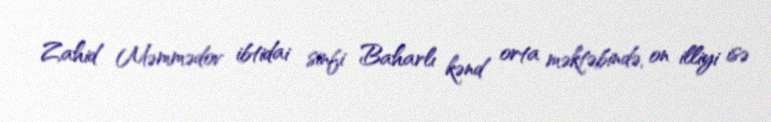
Zahid Məmmədov ibtidai sinfi Baharlı kənd orta məktəbində, on illiyi isə